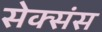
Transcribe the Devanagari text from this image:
सेक्संस